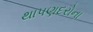
થાપણદરોના